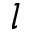
l